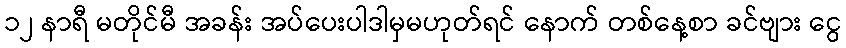
၁၂ နာရီ မတိုင်မီ အခန်း အပ်ပေးပါဒါမှမဟုတ်ရင် နောက် တစ်နေ့စာ ခင်ဗျား ငွေ